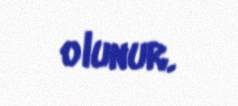
olunur.